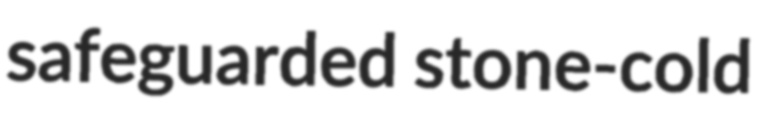
safeguarded stone-cold